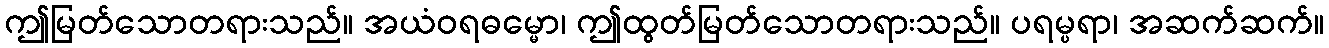
ဤမြတ်သောတရားသည်။ အယံဝရဓမ္မော၊ ဤထွတ်မြတ်သောတရားသည်။ ပရမ္ပရာ၊ အဆက်ဆက်။